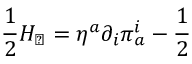
\frac { 1 } { 2 } H _ { \perp } = \eta ^ { a } \partial _ { i } \pi _ { a } ^ { i } - \frac { 1 } { 2 }